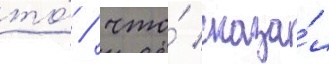
то́ / что́ сказа́л